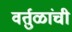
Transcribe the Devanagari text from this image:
वर्तुळांची